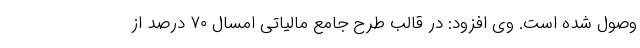
وصول شده است. وی افزود: در قالب طرح جامع مالیاتی امسال ۷۰ درصد از